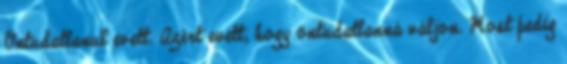
Öntudatlanul evett. Azért evett, hogy öntudatlanná váljon. Most pedig